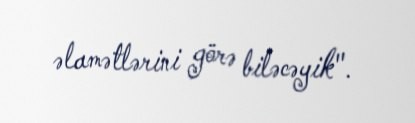
əlamətlərini görə biləcəyik".